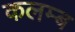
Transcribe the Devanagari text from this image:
कलम्ब